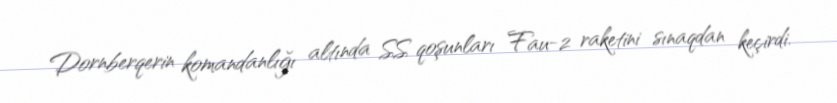
Dornberqerin komandanlığı altında SS qoşunları Fau-2 raketini sınaqdan keçirdi.